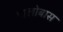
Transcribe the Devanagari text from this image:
मालोबास